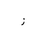
Letter: _zay